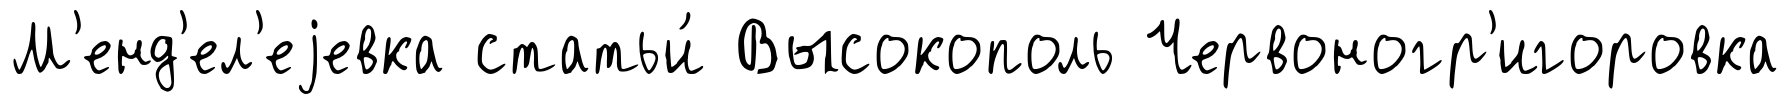
М'енд'ел'еjевка статьи́ Высокополь Червоногр'игоровка